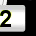
Digit: 2